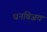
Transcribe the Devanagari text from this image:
धनविजय